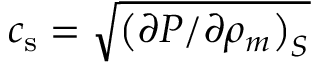
c _ { \mathrm { s } } = \sqrt { \left( \partial P / \partial \rho _ { m } \right) _ { S } }